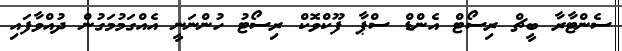
ސެންޓާރާ ބީޗް ރިސޯޓް އެންޑް ސްޕާ ފޫކްވޮކް ރިސޯޓު ހުންނަނީ އެއްގަމުމަގުން ދުއްވާފައި